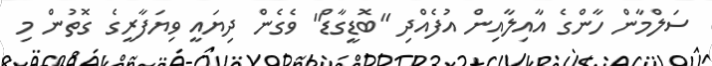
ސަލްމާން ހާންގެ އާއިލާއިން އުފެއްދި "ބޮޑީގާޑް" ވެގެން ދިޔައީ ވިޔަފާރީގެ ގޮތުން މި